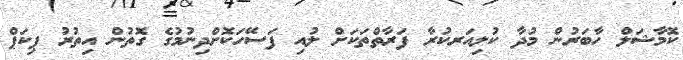
ކޮމާޝަލް ހާބަރުން މުދާ ކުލިއަރކުރާ ފަރާތްތަކަށް ލުއި ފަސޭހަކޮށްދިނުމުގެ ގޮތުން އިތުރު ޕިކަޕް